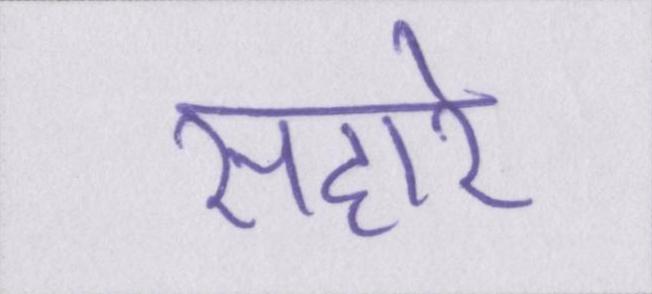
सहारे